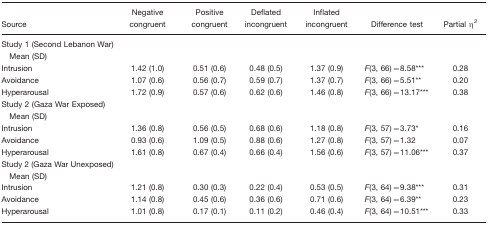
<table><thead><tr><td><b>Source</b></td><td><b>Negative congruent</b></td><td><b>Positive congruent</b></td><td><b>Deflated incongruent</b></td><td><b>Inflated incongruent</b></td><td><b>Difference test</b></td><td><b>Partial η<sup>2</sup></b></td></tr></thead><tbody><tr><td>Study 1 (Second Lebanon War)</td><td></td><td></td><td></td><td></td><td></td><td></td></tr><tr><td> Mean (SD)</td><td></td><td></td><td></td><td></td><td></td><td></td></tr><tr><td>Intrusion</td><td>1.42 (1.0)</td><td>0.51 (0.6)</td><td>0.48 (0.5)</td><td>1.37 (0.9)</td><td><i>F</i>(3, 66)=8.58***</td><td>0.28</td></tr><tr><td>Avoidance</td><td>1.07 (0.6)</td><td>0.56 (0.7)</td><td>0.59 (0.7)</td><td>1.37 (0.7)</td><td><i>F</i>(3, 66)=5.51**</td><td>0.20</td></tr><tr><td>Hyperarousal</td><td>1.72 (0.9)</td><td>0.57 (0.6)</td><td>0.62 (0.6)</td><td>1.46 (0.8)</td><td><i>F</i>(3, 66)=13.17***</td><td>0.38</td></tr><tr><td>Study 2 (Gaza War Exposed)</td><td></td><td></td><td></td><td></td><td></td><td></td></tr><tr><td> Mean (SD)</td><td></td><td></td><td></td><td></td><td></td><td></td></tr><tr><td>Intrusion</td><td>1.36 (0.8)</td><td>0.56 (0.5)</td><td>0.68 (0.6)</td><td>1.18 (0.8)</td><td><i>F</i>(3, 57)=3.73*</td><td>0.16</td></tr><tr><td>Avoidance</td><td>0.93 (0.6)</td><td>1.09 (0.5)</td><td>0.88 (0.6)</td><td>1.27 (0.8)</td><td><i>F</i>(3, 57)=1.32</td><td>0.07</td></tr><tr><td>Hyperarousal</td><td>1.61 (0.8)</td><td>0.67 (0.4)</td><td>0.66 (0.4)</td><td>1.56 (0.6)</td><td><i>F</i>(3, 57)=11.06***</td><td>0.37</td></tr><tr><td>Study 2 (Gaza War Unexposed)</td><td></td><td></td><td></td><td></td><td></td><td></td></tr><tr><td> Mean (SD)</td><td></td><td></td><td></td><td></td><td></td><td></td></tr><tr><td>Intrusion</td><td>1.21 (0.8)</td><td>0.30 (0.3)</td><td>0.22 (0.4)</td><td>0.53 (0.5)</td><td><i>F</i>(3, 64)=9.38***</td><td>0.31</td></tr><tr><td>Avoidance</td><td>1.14 (0.8)</td><td>0.45 (0.6)</td><td>0.36 (0.6)</td><td>0.71 (0.6)</td><td><i>F</i>(3, 64)=6.39**</td><td>0.23</td></tr><tr><td>Hyperarousal</td><td>1.01 (0.8)</td><td>0.17 (0.1)</td><td>0.11 (0.2)</td><td>0.46 (0.4)</td><td><i>F</i>(3, 64)=10.51***</td><td>0.33</td></tr></tbody></table>